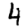
Digit: 4